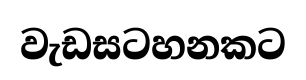
වැඩසටහනකට